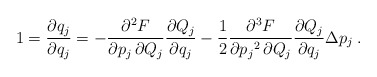
\begin{align*}1 = \frac{\partial q_j}{ \partial q_j} =- \frac{ \partial^2 F}{ \partial p_j \, \partial Q_j } \frac{ \partial Q_j}{\partial q_j} - \frac{1}{2} \frac{ \partial^3 F}{ \partial {p_j}^2 \,\partial Q_j} \frac{ \partial Q_j}{ \partial q_j } \Delta p_j \; .\end{align*}